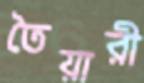
তৈয়ারী